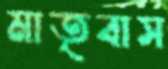
মাতৃবাস